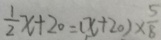
\frac { 1 } { 2 } x + 2 0 = ( x + 2 0 ) \times \frac { 5 } { 8 }